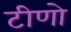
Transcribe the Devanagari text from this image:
टीणो